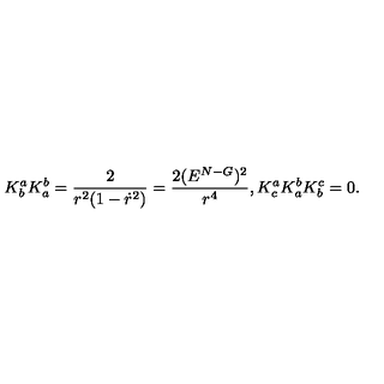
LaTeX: K _ { b } ^ { a } K _ { a } ^ { b } = \frac { 2 } { r ^ { 2 } ( 1 - \dot { r } ^ { 2 } ) } = \frac { 2 ( E ^ { N - G } ) ^ { 2 } } { r ^ { 4 } } , K _ { c } ^ { a } K _ { a } ^ { b } K _ { b } ^ { c } = 0 .